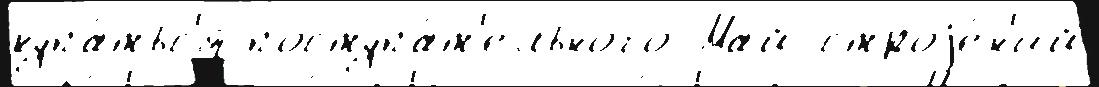
купа́тьс'я поступа́т'ельного Май строjе́н'ий